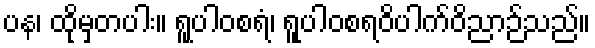
ပန၊ ထိုမှတပါး။ ရူပါဝစရံ၊ ရူပါဝစရဝိပါက်ဝိညာဉ်သည်။